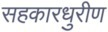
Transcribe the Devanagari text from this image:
सहकारधुरीण